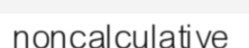
noncalculative